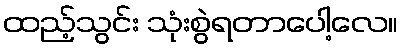
ထည့်သွင်း သုံးစွဲရတာပေါ့လေ။